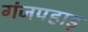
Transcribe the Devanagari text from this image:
गंजपहाड़